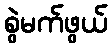
စွဲမက်ဖွယ်